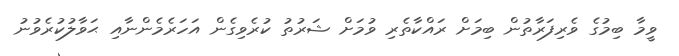
ވީމާ ބިމުގެ ވެރިފަރާތުން ބިމަށް ރައްކާތެރި ވުމަށް ޝަރުތު ކުރެވިގެން އަހަރެމެންނާއި ޙަވާލުކުރެވުނު